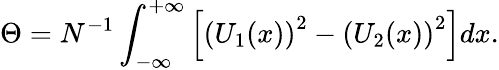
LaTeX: \Theta=N^{-1}\int_{-\infty}^{+\infty}\left[\left(U_{1}(x)\right)^{2}-\left(U_{2}(x)\right)^{2}\right]dx.